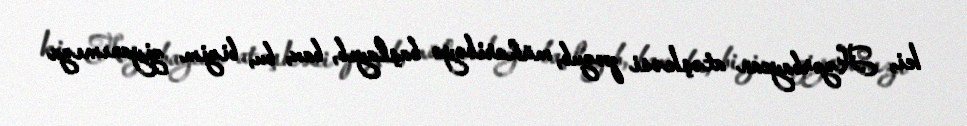
ki, Azərbaycan atəşkəsi pozub, müharibəyə başlayıb, bax, bu, bizim ziyanımıza